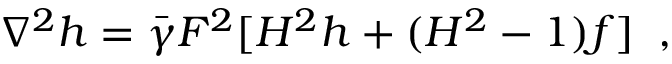
\nabla ^ { 2 } h = \bar { \gamma } F ^ { 2 } [ H ^ { 2 } h + ( H ^ { 2 } - 1 ) f ] \; \; ,